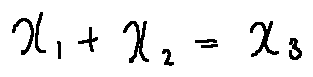
x _ { 1 } + x _ { 2 } = x _ { 3 }